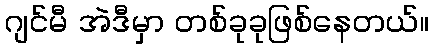
ဂျင်မီ အဲဒီမှာ တစ်ခုခုဖြစ်နေတယ်။